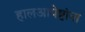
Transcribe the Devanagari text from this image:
हालआपेष्टांना